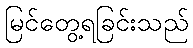
မြင်တွေ့ရခြင်းသည်